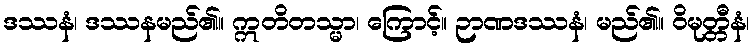
ဒဿနံ၊ ဒဿနမည်၏။ ဣတိတသ္မာ၊ ကြောင့်။ ဉာဏဒဿနံ၊ မည်၏။ ဝိမုတ္တီနံ၊